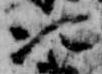
次